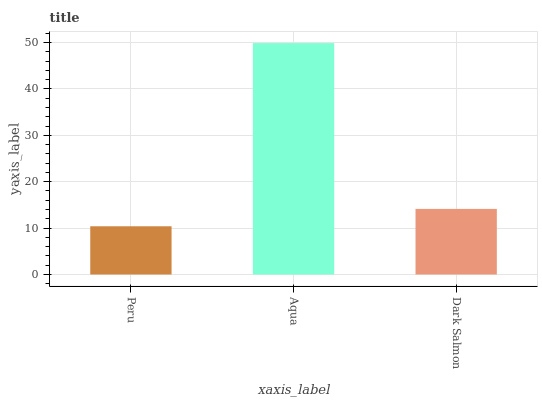
| xaxis_label | bars |
 | --- | --- |
 | Peru | 10.4 |
 | Aqua | 49.9 |
 | Dark Salmon | 14.1 |